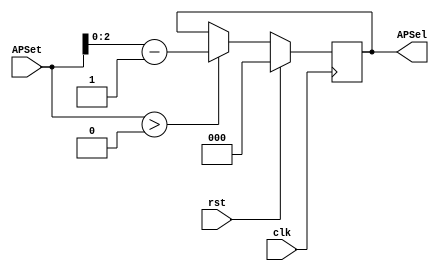
`timescale 1ns / 1ps
//////////////////////////////////////////////////////////////////////////////////
// Company: 
// Engineer: 
// 
// Design Name: 
// Module Name:    AP 
// Project Name: 
// Target Devices: 
// Tool versions: 
// Description: 
//
// Dependencies: 
//
// Revision: 
// Revision 0.01 - File Created
// Additional Comments: 
//
//////////////////////////////////////////////////////////////////////////////////
module AP( input wire clk,
    input wire rst, // Podczy do grst (Global Reset) nie do clk
    input wire [3:0] APSet,
    output reg [2:0] APSel
    );

 always@(posedge clk)
  begin
  if(rst == 1'b1)
	  begin
	   APSel <= 3'd0;
	  end
	else
	begin
   if(APSet >0)
	 begin
	  APSel <= APSet - 4'd1; // Odejmij 1 od ustawienia bo dla 0 ma nie robi nic.
	 end
	 end
  end
endmodule